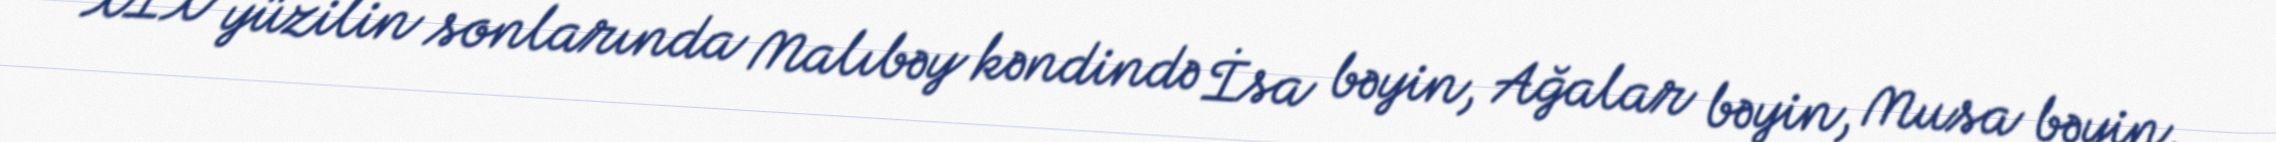
XIX yüzilin sonlarında Malıbəy kəndində İsa bəyin, Ağalar bəyin, Musa bəyin,